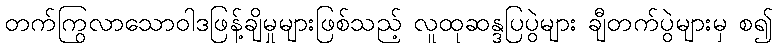
တက်ကြွလာသောဝါဒဖြန့်ချိမှုများဖြစ်သည့် လူထုဆန္ဒပြပွဲများ ချီတက်ပွဲများမှ စ၍